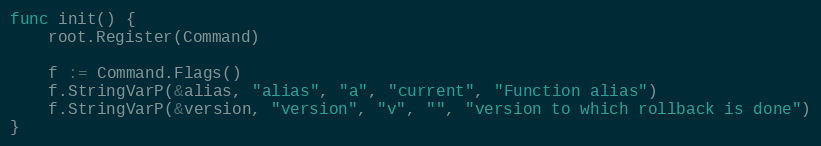
Language: Go
func init() {
	root.Register(Command)

	f := Command.Flags()
	f.StringVarP(&alias, "alias", "a", "current", "Function alias")
	f.StringVarP(&version, "version", "v", "", "version to which rollback is done")
}